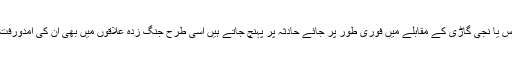
یہ ڈرون کسی ایمبولینس یا نجی گاڑی کے مقابلے میں فوری طور پر جائے حادثہ پر پہنچ جاتے ہیں اسی طرح جنگ زدہ علاقوں میں بھی ان کی آمدورفت نسبتاً آسان رہتی ہے۔